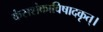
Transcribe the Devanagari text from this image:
कंसशंकाविषादकृत्‌।